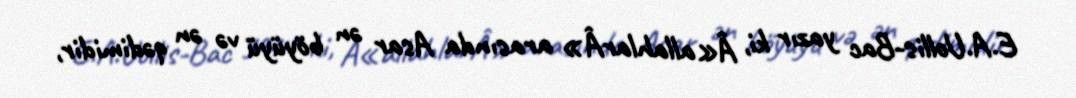
E.A.Uollis-Bac yazır ki, Â«allahlarÂ» arasında Asar ən böyüyü və ən qədimidir,